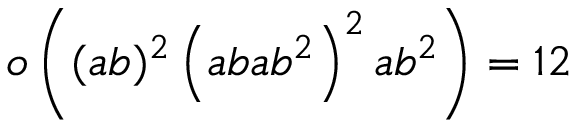
o \left( ( a b ) ^ { 2 } \left( a b a b ^ { 2 } \right) ^ { 2 } a b ^ { 2 } \right) = 1 2